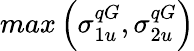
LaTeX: max\left(\sigma_{1u}^{qG},\sigma_{2u}^{qG}\right)